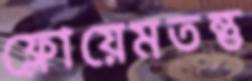
ফ্লোয়েমতন্তু